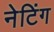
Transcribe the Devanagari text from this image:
नेटिंग